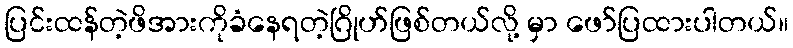
ပြင်းထန်တဲ့ဖိအားကိုခံနေရတဲ့ဂြိုဟ်ဖြစ်တယ်လို့ မှာ ဖော်ပြထားပါတယ်။